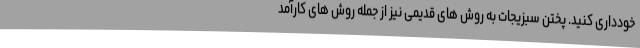
خودداری کنید. پختن سبزیجات به روش های قدیمی نیز از جمله روش های کارآمد